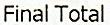
FINAL TOTAL